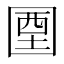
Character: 𡇽